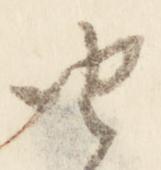
由